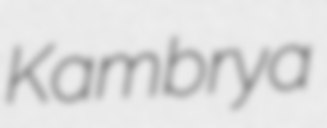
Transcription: Kambrya